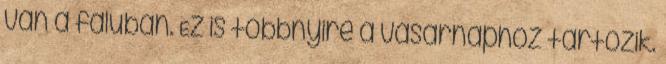
van a faluban. Ez is többnyire a vasárnaphoz tartozik.